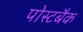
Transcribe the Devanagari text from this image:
पोस्टबैक